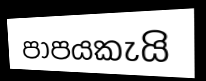
පාපයකැයි